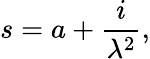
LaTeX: s=a+\frac{i}{\lambda^{2}},